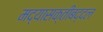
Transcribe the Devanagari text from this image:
मद्यासक्तीबद्दल